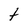
Character: t